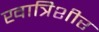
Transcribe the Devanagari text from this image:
खात्रिशीर